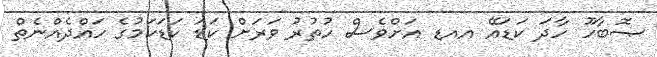
ޞޮބާހޫ ހާދަ ކަޑައޭ އއޑ އަށްވެސް ހުތުރު ވަރަށް ކަޑަ ކަޑަކަމުގެ ހައްދެއްނެތް